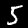
Digit: 5